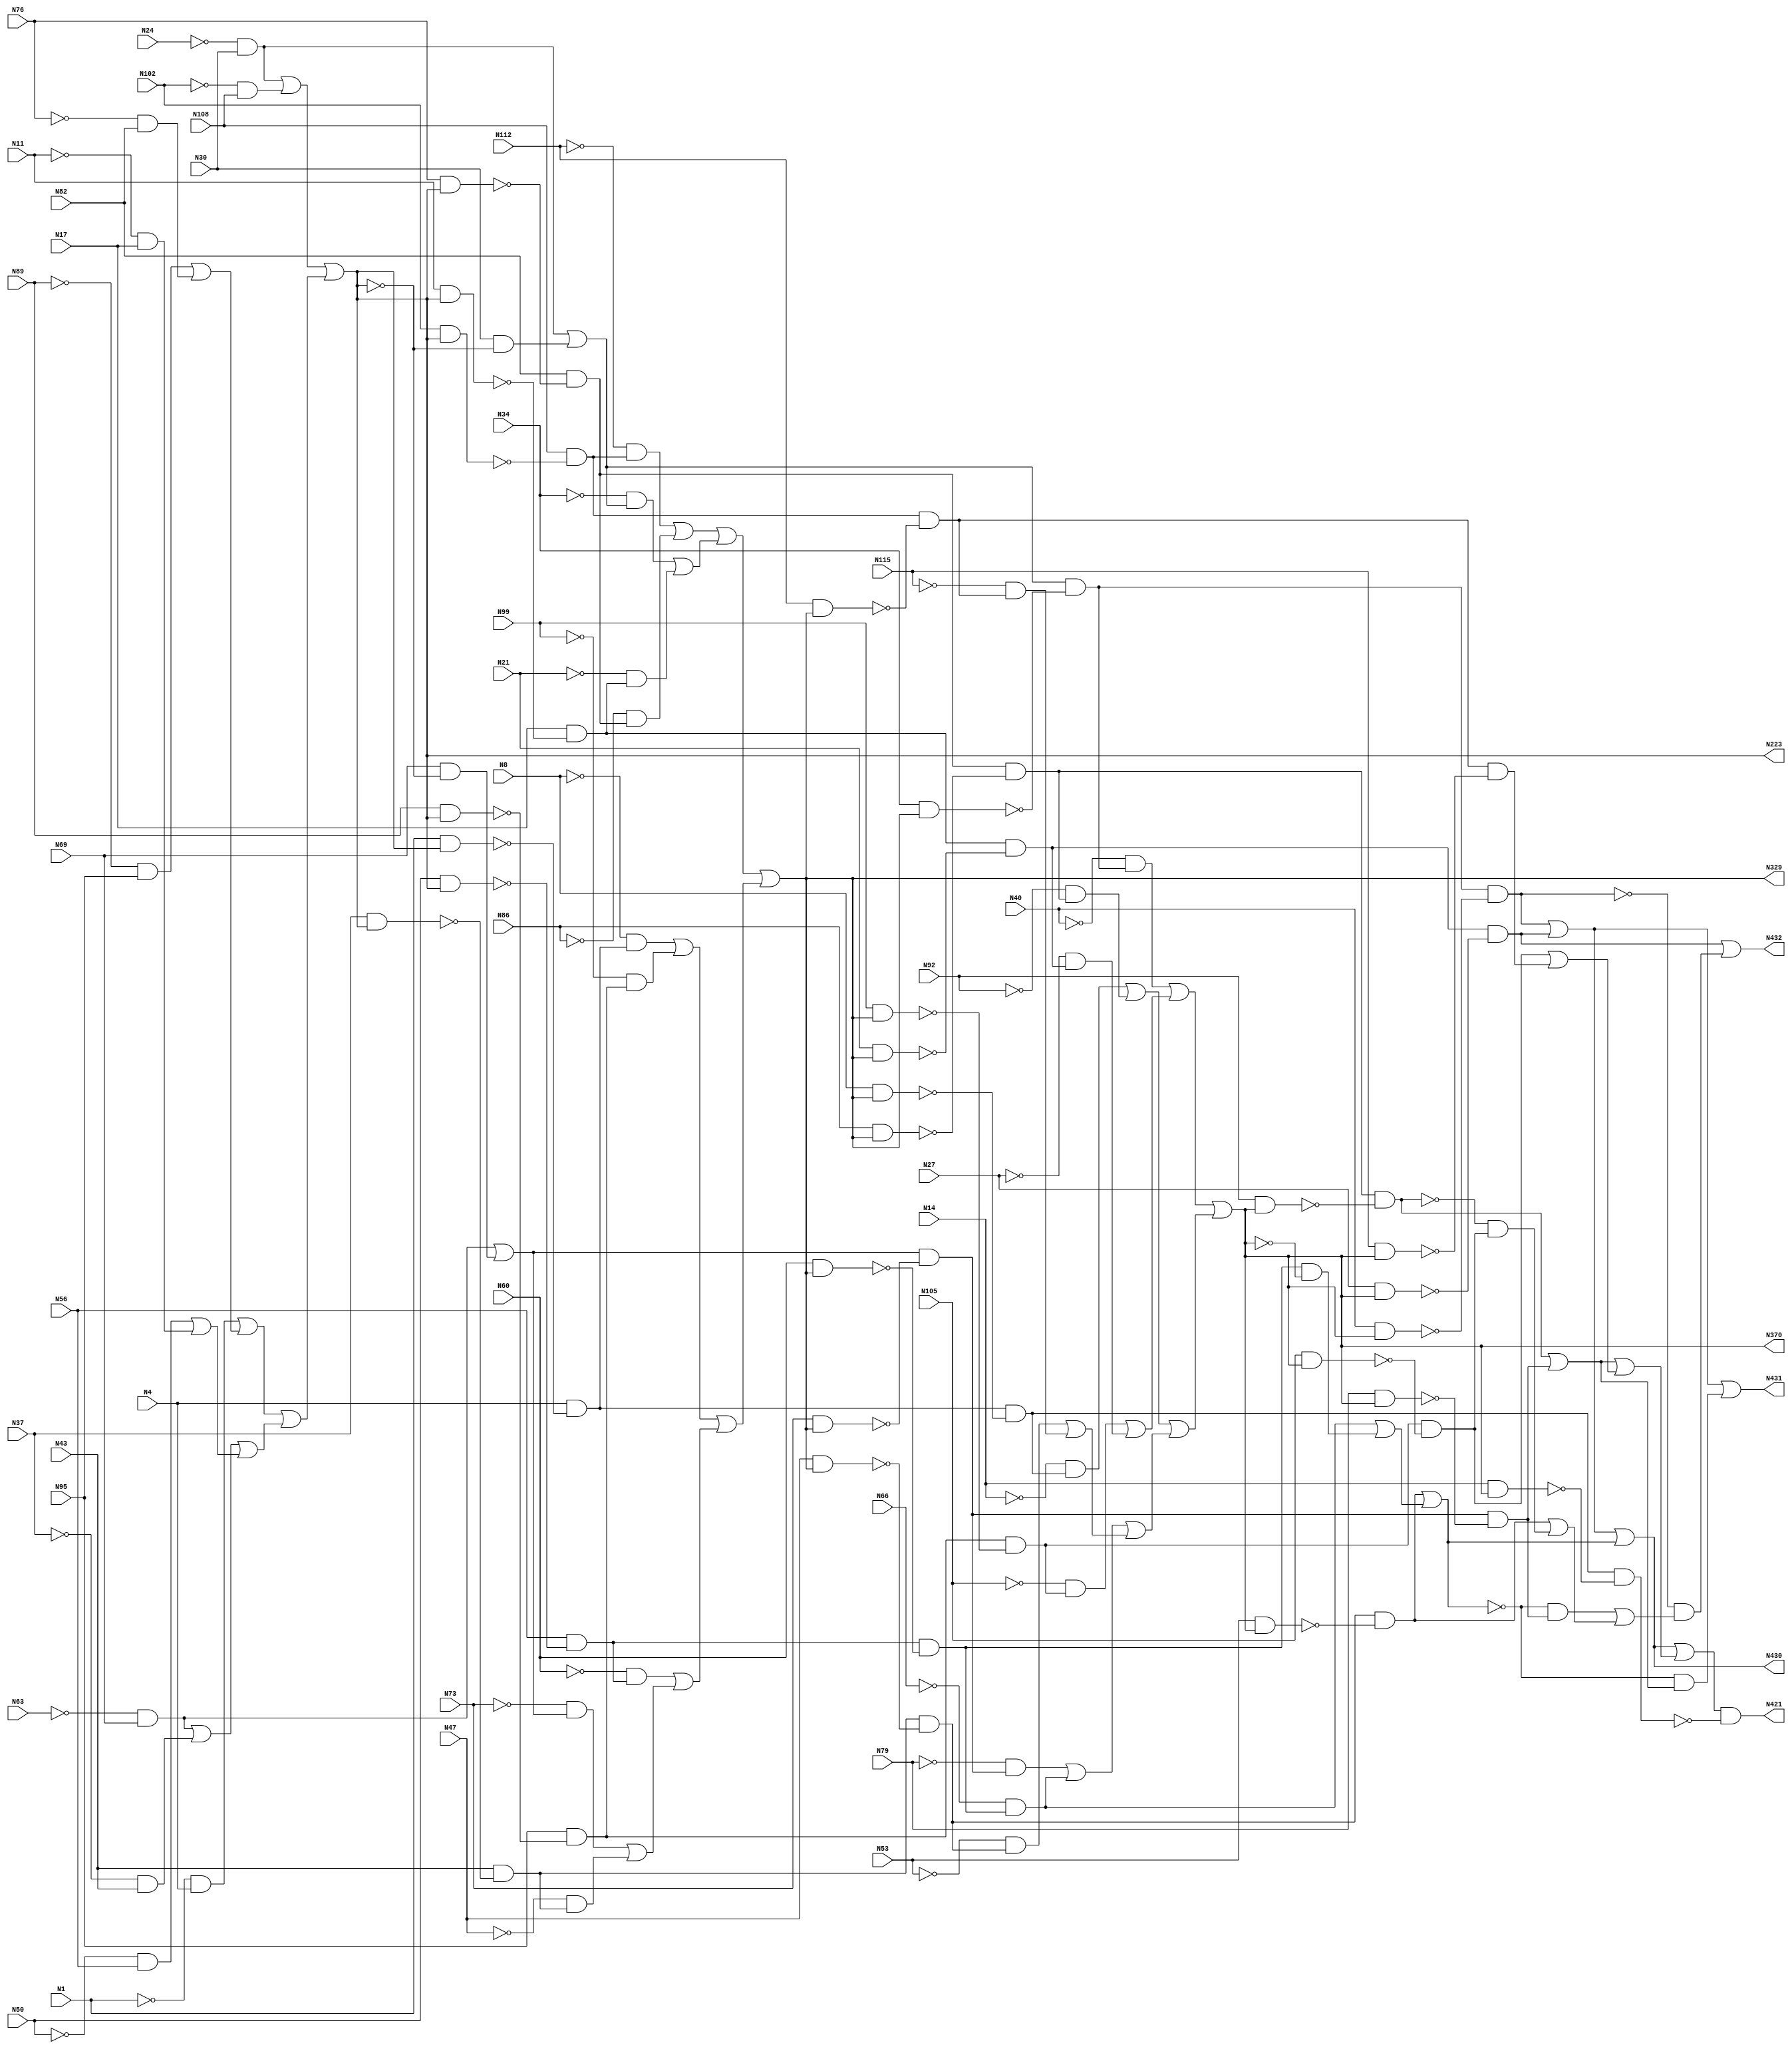
module top( N1 , N102 , N105 , N108 , N11 , N112 , N115 , N14 , N17 , N21 , N24 , N27 , N30 , N34 , N37 , N4 , N40 , N43 , N47 , N50 , N53 , N56 , N60 , N63 , N66 , N69 , N73 , N76 , N79 , N8 , N82 , N86 , N89 , N92 , N95 , N99 , N223 , N329 , N370 , N421 , N430 , N431 , N432 );
  input N1 , N102 , N105 , N108 , N11 , N112 , N115 , N14 , N17 , N21 , N24 , N27 , N30 , N34 , N37 , N4 , N40 , N43 , N47 , N50 , N53 , N56 , N60 , N63 , N66 , N69 , N73 , N76 , N79 , N8 , N82 , N86 , N89 , N92 , N95 , N99 ;
  output N223 , N329 , N370 , N421 , N430 , N431 , N432 ;
  wire n37 , n38 , n39 , n40 , n41 , n42 , n43 , n44 , n45 , n46 , n47 , n48 , n49 , n50 , n51 , n52 , n53 , n54 , n55 , n56 , n57 , n58 , n59 , n60 , n61 , n62 , n63 , n64 , n65 , n66 , n67 , n68 , n69 , n70 , n71 , n72 , n73 , n74 , n75 , n76 , n77 , n78 , n79 , n80 , n81 , n82 , n83 , n84 , n85 , n86 , n87 , n88 , n89 , n90 , n91 , n92 , n93 , n94 , n95 , n96 , n97 , n98 , n99 , n100 , n101 , n102 , n103 , n104 , n105 , n106 , n107 , n108 , n109 , n110 , n111 , n112 , n113 , n114 , n115 , n116 , n117 , n118 , n119 , n120 , n121 , n122 , n123 , n124 , n125 , n126 , n127 , n128 , n129 , n130 , n131 , n132 , n133 , n134 , n135 , n136 , n137 , n138 , n139 , n140 , n141 , n142 , n143 , n144 , n145 , n146 , n147 , n148 , n149 , n150 , n151 , n152 , n153 , n154 , n155 , n156 , n157 ;
  assign n37 = ~N24 & N30 ;
  assign n38 = ~N102 & N108 ;
  assign n39 = n37 | n38 ;
  assign n40 = ~N1 & N4 ;
  assign n41 = ~N89 & N95 ;
  assign n42 = ~N76 & N82 ;
  assign n43 = n41 | n42 ;
  assign n44 = n40 | n43 ;
  assign n45 = ~N63 & N69 ;
  assign n46 = ~N37 & N43 ;
  assign n47 = n45 | n46 ;
  assign n48 = ~N50 & N56 ;
  assign n49 = ~N11 & N17 ;
  assign n50 = n48 | n49 ;
  assign n51 = n47 | n50 ;
  assign n52 = n44 | n51 ;
  assign n53 = n39 | n52 ;
  assign n54 = N102 & n53 ;
  assign n55 = N108 & ~n54 ;
  assign n56 = ~N112 & n55 ;
  assign n57 = N76 & n53 ;
  assign n58 = N82 & ~n57 ;
  assign n59 = ~N86 & n58 ;
  assign n60 = n56 | n59 ;
  assign n61 = N30 & ~n53 ;
  assign n62 = n37 | n61 ;
  assign n63 = ~N34 & n62 ;
  assign n64 = N11 & n53 ;
  assign n65 = N17 & ~n64 ;
  assign n66 = ~N21 & n65 ;
  assign n67 = n63 | n66 ;
  assign n68 = n60 | n67 ;
  assign n69 = N1 & n53 ;
  assign n70 = N4 & ~n69 ;
  assign n71 = ~N8 & n70 ;
  assign n72 = N89 & n53 ;
  assign n73 = N95 & ~n72 ;
  assign n74 = ~N99 & n73 ;
  assign n75 = n71 | n74 ;
  assign n76 = N50 & n53 ;
  assign n77 = N56 & ~n76 ;
  assign n78 = ~N60 & n77 ;
  assign n79 = N69 & ~n53 ;
  assign n80 = n45 | n79 ;
  assign n81 = ~N73 & n80 ;
  assign n82 = N37 & n53 ;
  assign n83 = N43 & ~n82 ;
  assign n84 = ~N47 & n83 ;
  assign n85 = n81 | n84 ;
  assign n86 = n78 | n85 ;
  assign n87 = n75 | n86 ;
  assign n88 = n68 | n87 ;
  assign n89 = N34 & n88 ;
  assign n90 = n62 & ~n89 ;
  assign n91 = ~N40 & n90 ;
  assign n92 = N99 & n88 ;
  assign n93 = n73 & ~n92 ;
  assign n94 = ~N105 & n93 ;
  assign n95 = N21 & n88 ;
  assign n96 = n65 & ~n95 ;
  assign n97 = ~N27 & n96 ;
  assign n98 = n94 | n97 ;
  assign n99 = n91 | n98 ;
  assign n100 = N8 & n88 ;
  assign n101 = n70 & ~n100 ;
  assign n102 = ~N14 & n101 ;
  assign n103 = N86 & n88 ;
  assign n104 = n58 & ~n103 ;
  assign n105 = ~N92 & n104 ;
  assign n106 = n102 | n105 ;
  assign n107 = N73 & n88 ;
  assign n108 = n80 & ~n107 ;
  assign n109 = ~N79 & n108 ;
  assign n110 = N60 & n88 ;
  assign n111 = n77 & ~n110 ;
  assign n112 = ~N66 & n111 ;
  assign n113 = n109 | n112 ;
  assign n114 = N47 & n88 ;
  assign n115 = n83 & ~n114 ;
  assign n116 = ~N53 & n115 ;
  assign n117 = N112 & n88 ;
  assign n118 = n55 & ~n117 ;
  assign n119 = ~N115 & n118 ;
  assign n120 = n116 | n119 ;
  assign n121 = n113 | n120 ;
  assign n122 = n106 | n121 ;
  assign n123 = n99 | n122 ;
  assign n124 = N40 & n123 ;
  assign n125 = n90 & ~n124 ;
  assign n126 = N27 & n123 ;
  assign n127 = n96 & ~n126 ;
  assign n128 = n125 | n127 ;
  assign n129 = N53 & n123 ;
  assign n130 = n115 & ~n129 ;
  assign n131 = n111 & ~n123 ;
  assign n132 = n112 | n131 ;
  assign n133 = n130 | n132 ;
  assign n134 = n128 | n133 ;
  assign n135 = N92 & n123 ;
  assign n136 = n104 & ~n135 ;
  assign n137 = N79 & n123 ;
  assign n138 = n108 & ~n137 ;
  assign n139 = n136 | n138 ;
  assign n140 = N105 & n123 ;
  assign n141 = n93 & ~n140 ;
  assign n142 = N115 & n123 ;
  assign n143 = n118 & ~n142 ;
  assign n144 = n141 | n143 ;
  assign n145 = n139 | n144 ;
  assign n146 = n134 | n145 ;
  assign n147 = N14 & n123 ;
  assign n148 = n101 & ~n147 ;
  assign n149 = n146 & ~n148 ;
  assign n150 = ~n133 & n139 ;
  assign n151 = n128 | n150 ;
  assign n152 = ~n133 & n138 ;
  assign n153 = ~n136 & n141 ;
  assign n154 = n130 | n153 ;
  assign n155 = n152 | n154 ;
  assign n156 = ~n125 & n155 ;
  assign n157 = n127 | n156 ;
  assign N223 = n53 ;
  assign N329 = n88 ;
  assign N370 = n123 ;
  assign N421 = n149 ;
  assign N430 = n134 ;
  assign N431 = n151 ;
  assign N432 = n157 ;
endmodule